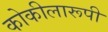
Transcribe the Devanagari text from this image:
कोकीलारूपी